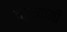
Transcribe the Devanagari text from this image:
चतुर्यामी